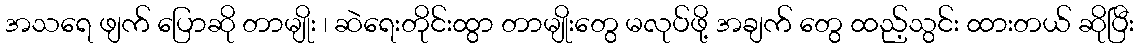
အသရေ ဖျက် ပြောဆို တာမျိုး ၊ ဆဲရေးတိုင်းထွာ တာမျိုးတွေ မလုပ်ဖို့ အချက် တွေ ထည့်သွင်း ထားတယ် ဆိုပြီး